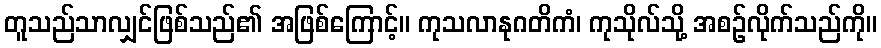
တူသည်သာလျှင်ဖြစ်သည်၏ အဖြစ်ကြောင့်။ ကုသလာနုဂတိကံ၊ ကုသိုလ်သို့ အစဉ်လိုက်သည်ကို။